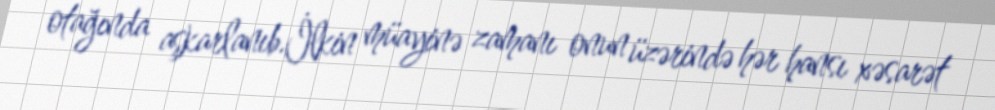
otağında aşkarlanıb.İlkin müayinə zamanı onun üzərində hər hansı xəsarət